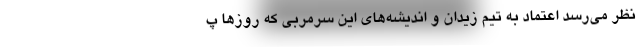
نظر می‌رسد اعتماد به تیم زیدان و اندیشه‌های این سرمربی که روزها پ